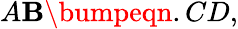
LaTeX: A\mathbf{B}\bumpeqn.CD,